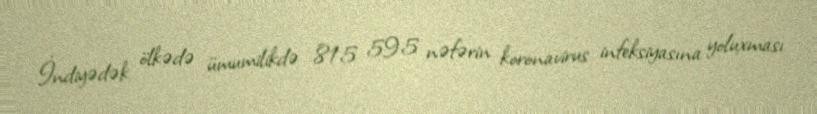
İndiyədək ölkədə ümumilikdə 815 595 nəfərin koronavirus infeksiyasına yoluxması